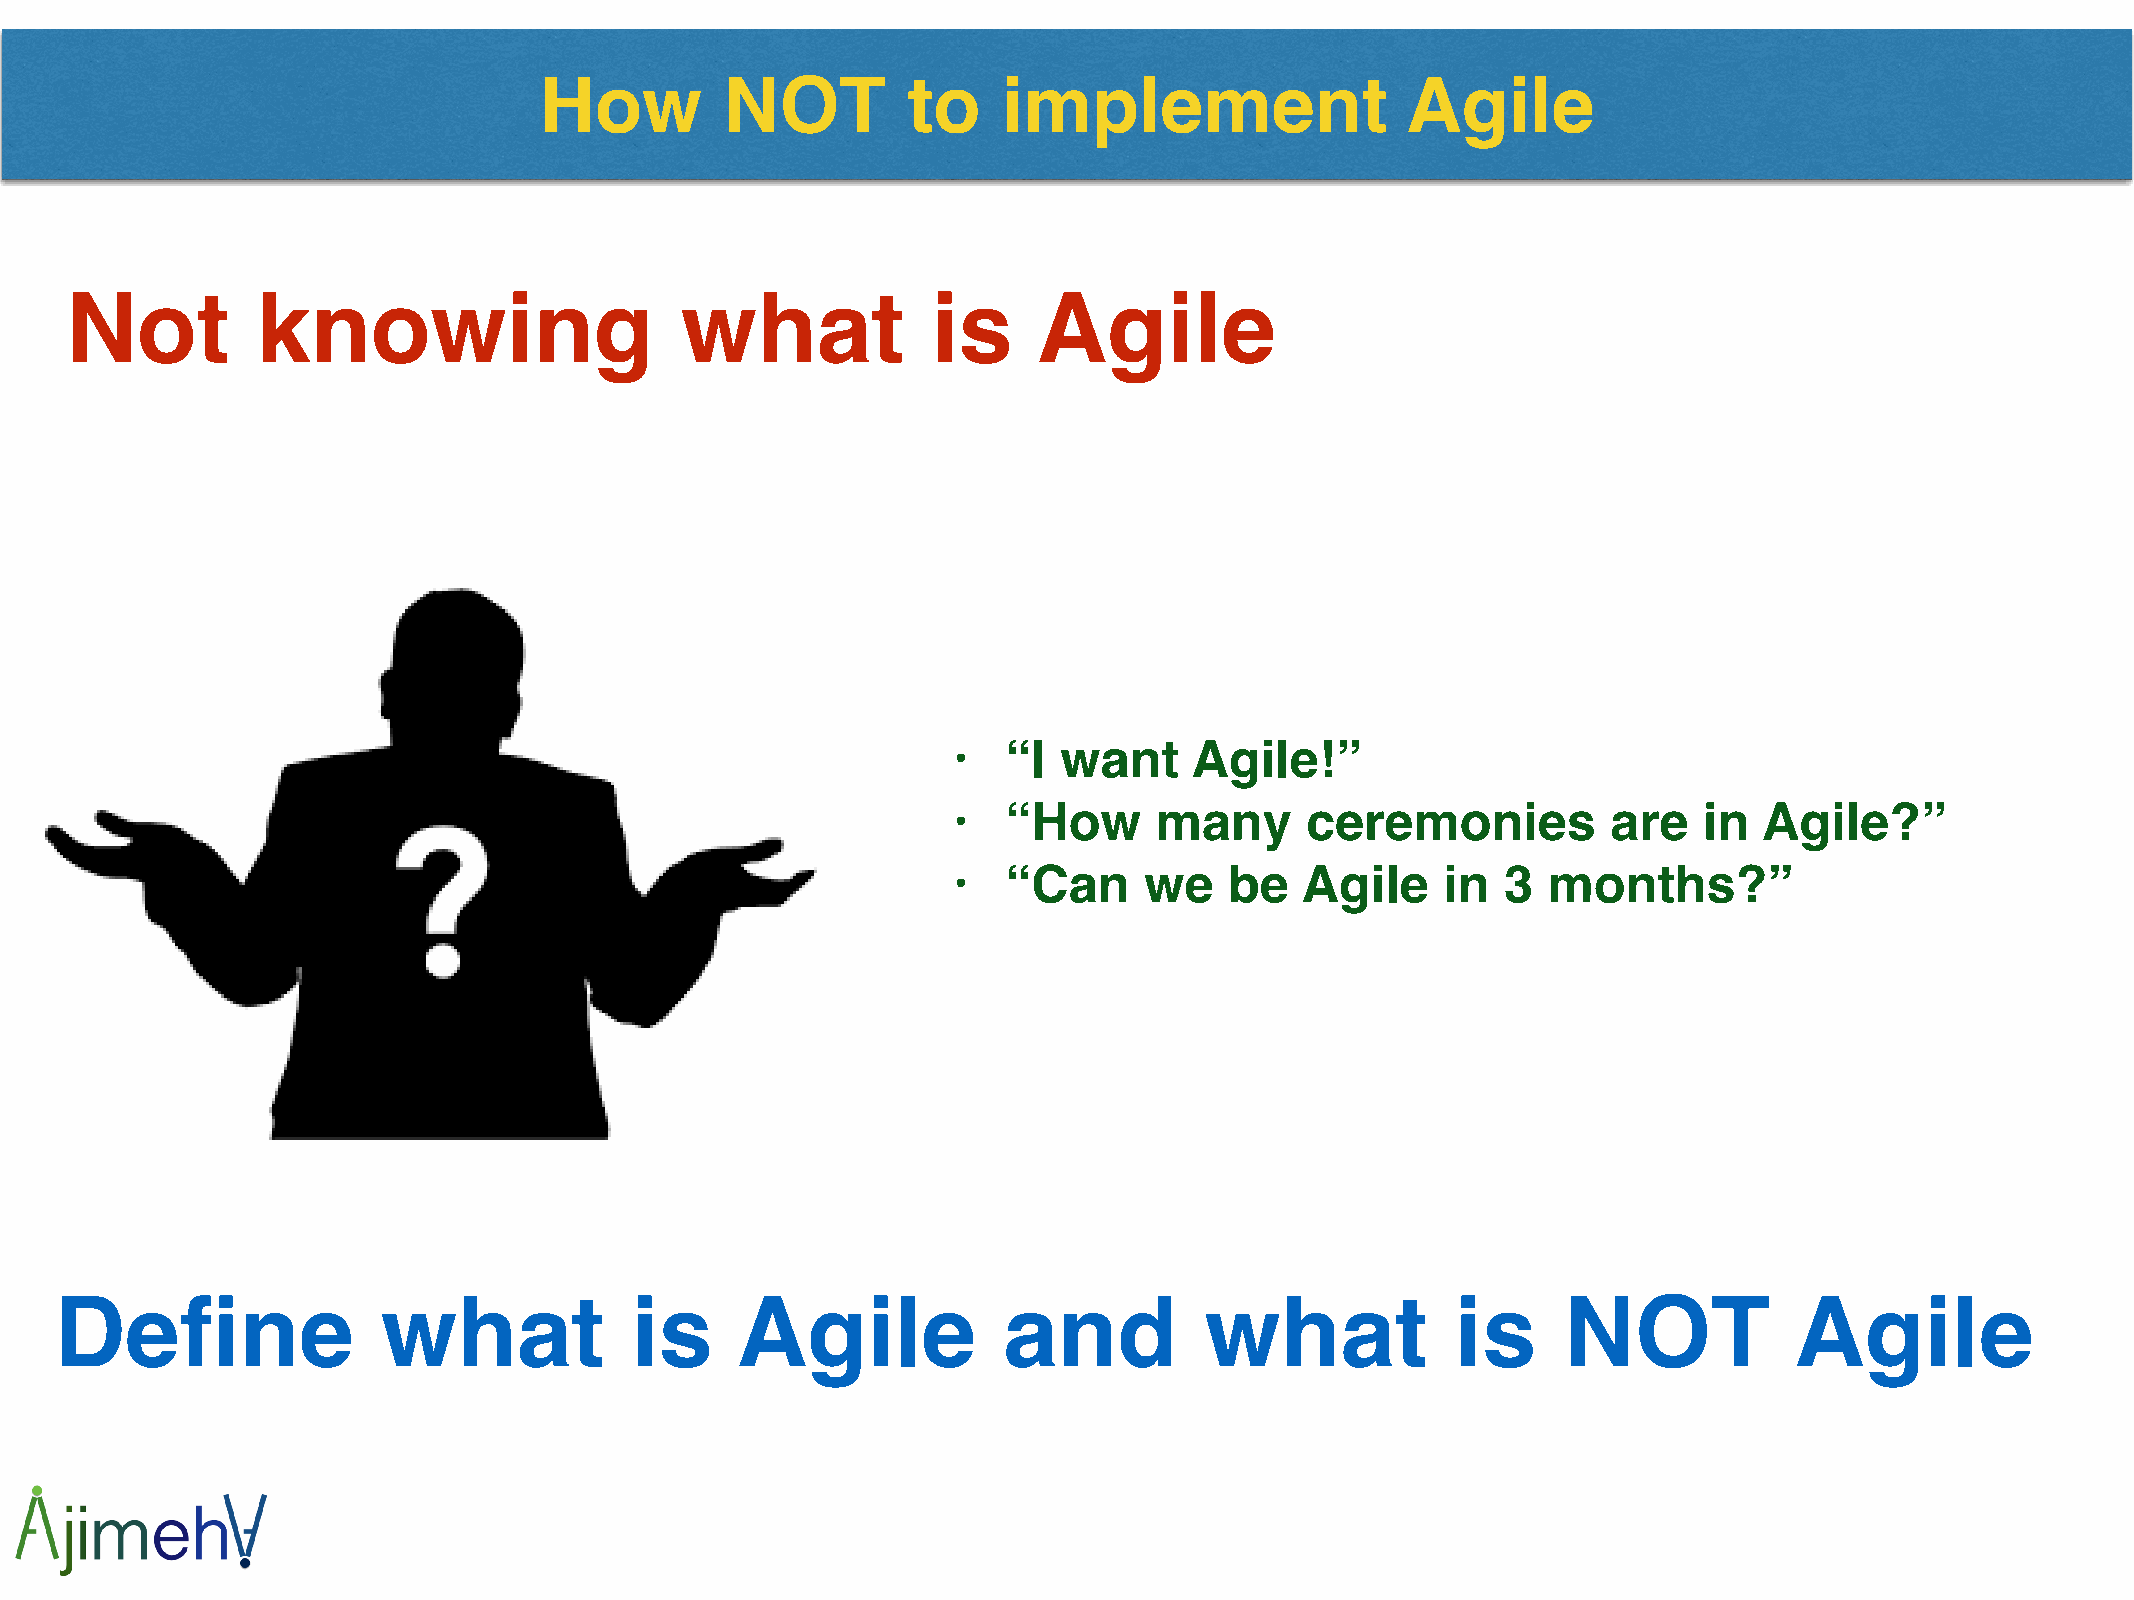
How         NOT         to    implement                  Agile
 Not          knowing                     what             is     Agile
 •   “I want     Agile!”!
 •   “How     many      ceremonies           are   in  Agile?”!
 •   “Can     we   be   Agile     in  3 months?”!
 Define               what             is     Agile            and           what            is      NOT            Agile